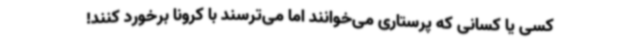
کسی یا کسانی که پرستاری می‌خوانند اما می‌ترسند با کرونا برخورد کنند!